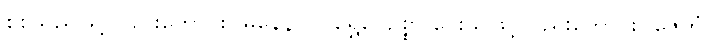
စစ်သည်ဖြင့်လည်းကောင်း။ ဓနေန ဝါ၊ ရွှေငွေဥစ္စာ ပေးသဖြင့်လည်းကောင်း။ ဇေတုံ၊